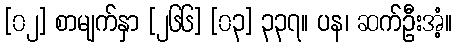
[၀၂] စာမျက်နှာ [၂၆၆] [၀၃] ၃၃၇။ ပန၊ ဆက်ဦးအံ့။